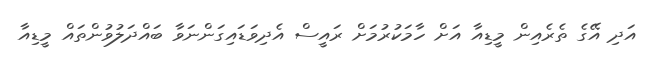
އަދި އޭގެ ތެރެއިން މީޑިއާ އަށް ހާމަކުރުމަށް ރައީސް އެދިވަޑައިގަންނަވާ ބައްދަލުވުންތައް މީޑިއާ